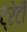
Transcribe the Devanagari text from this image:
ट्रेटी